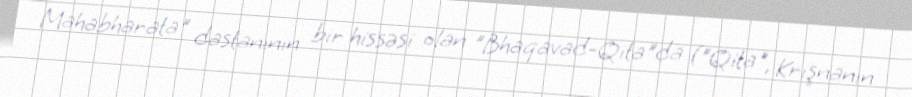
Mahabharata" dastanının bir hissəsi olan "Bhaqavad-Qita"da ("Qita", Krişnanın